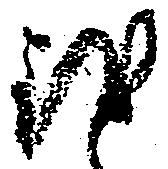
致